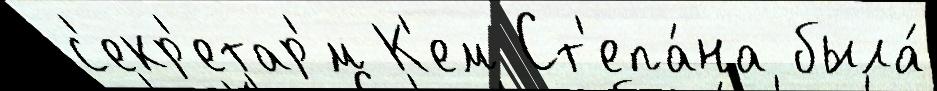
с'екр'етар'́м К'ем Ст'епа́на была́